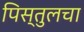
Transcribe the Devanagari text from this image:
पिस्तुलचा